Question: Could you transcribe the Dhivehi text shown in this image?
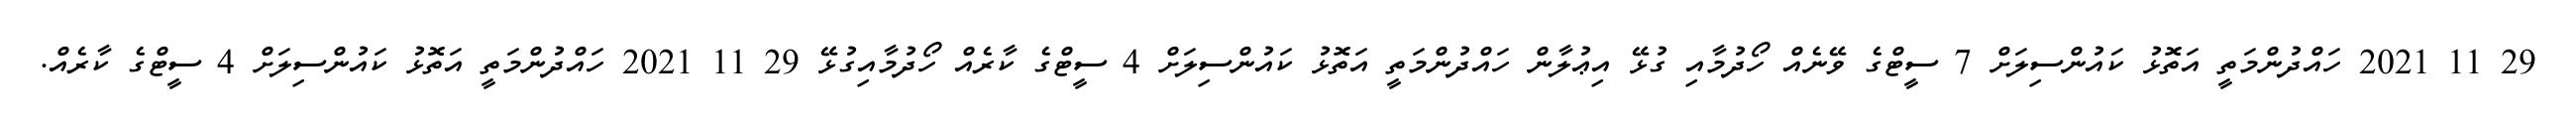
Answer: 29 11 2021 ހައްދުންމަތީ އަތޮޅު ކައުންސިލަށް 7 ސީޓްގެ ވޭނެއް ހޯދުމާއި ގުޅޭ އިޢުލާން ހައްދުންމަތީ އަތޮޅު ކައުންސިލަށް 4 ސީޓްގެ ކާރެއް ހޯދުމާއިގުޅޭ 29 11 2021 ހައްދުންމަތީ އަތޮޅު ކައުންސިލަށް 4 ސީޓްގެ ކާރެއް.